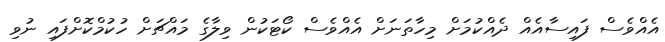
އެއްވެސް ފައިސާއެއް ދެއްކުމަށް މިހާތަނަށް އެއްވެސް ކޯޓަކުން ވިލާގެ މައްޗަށް ހުކުމްކޮށްފައި ނުވި